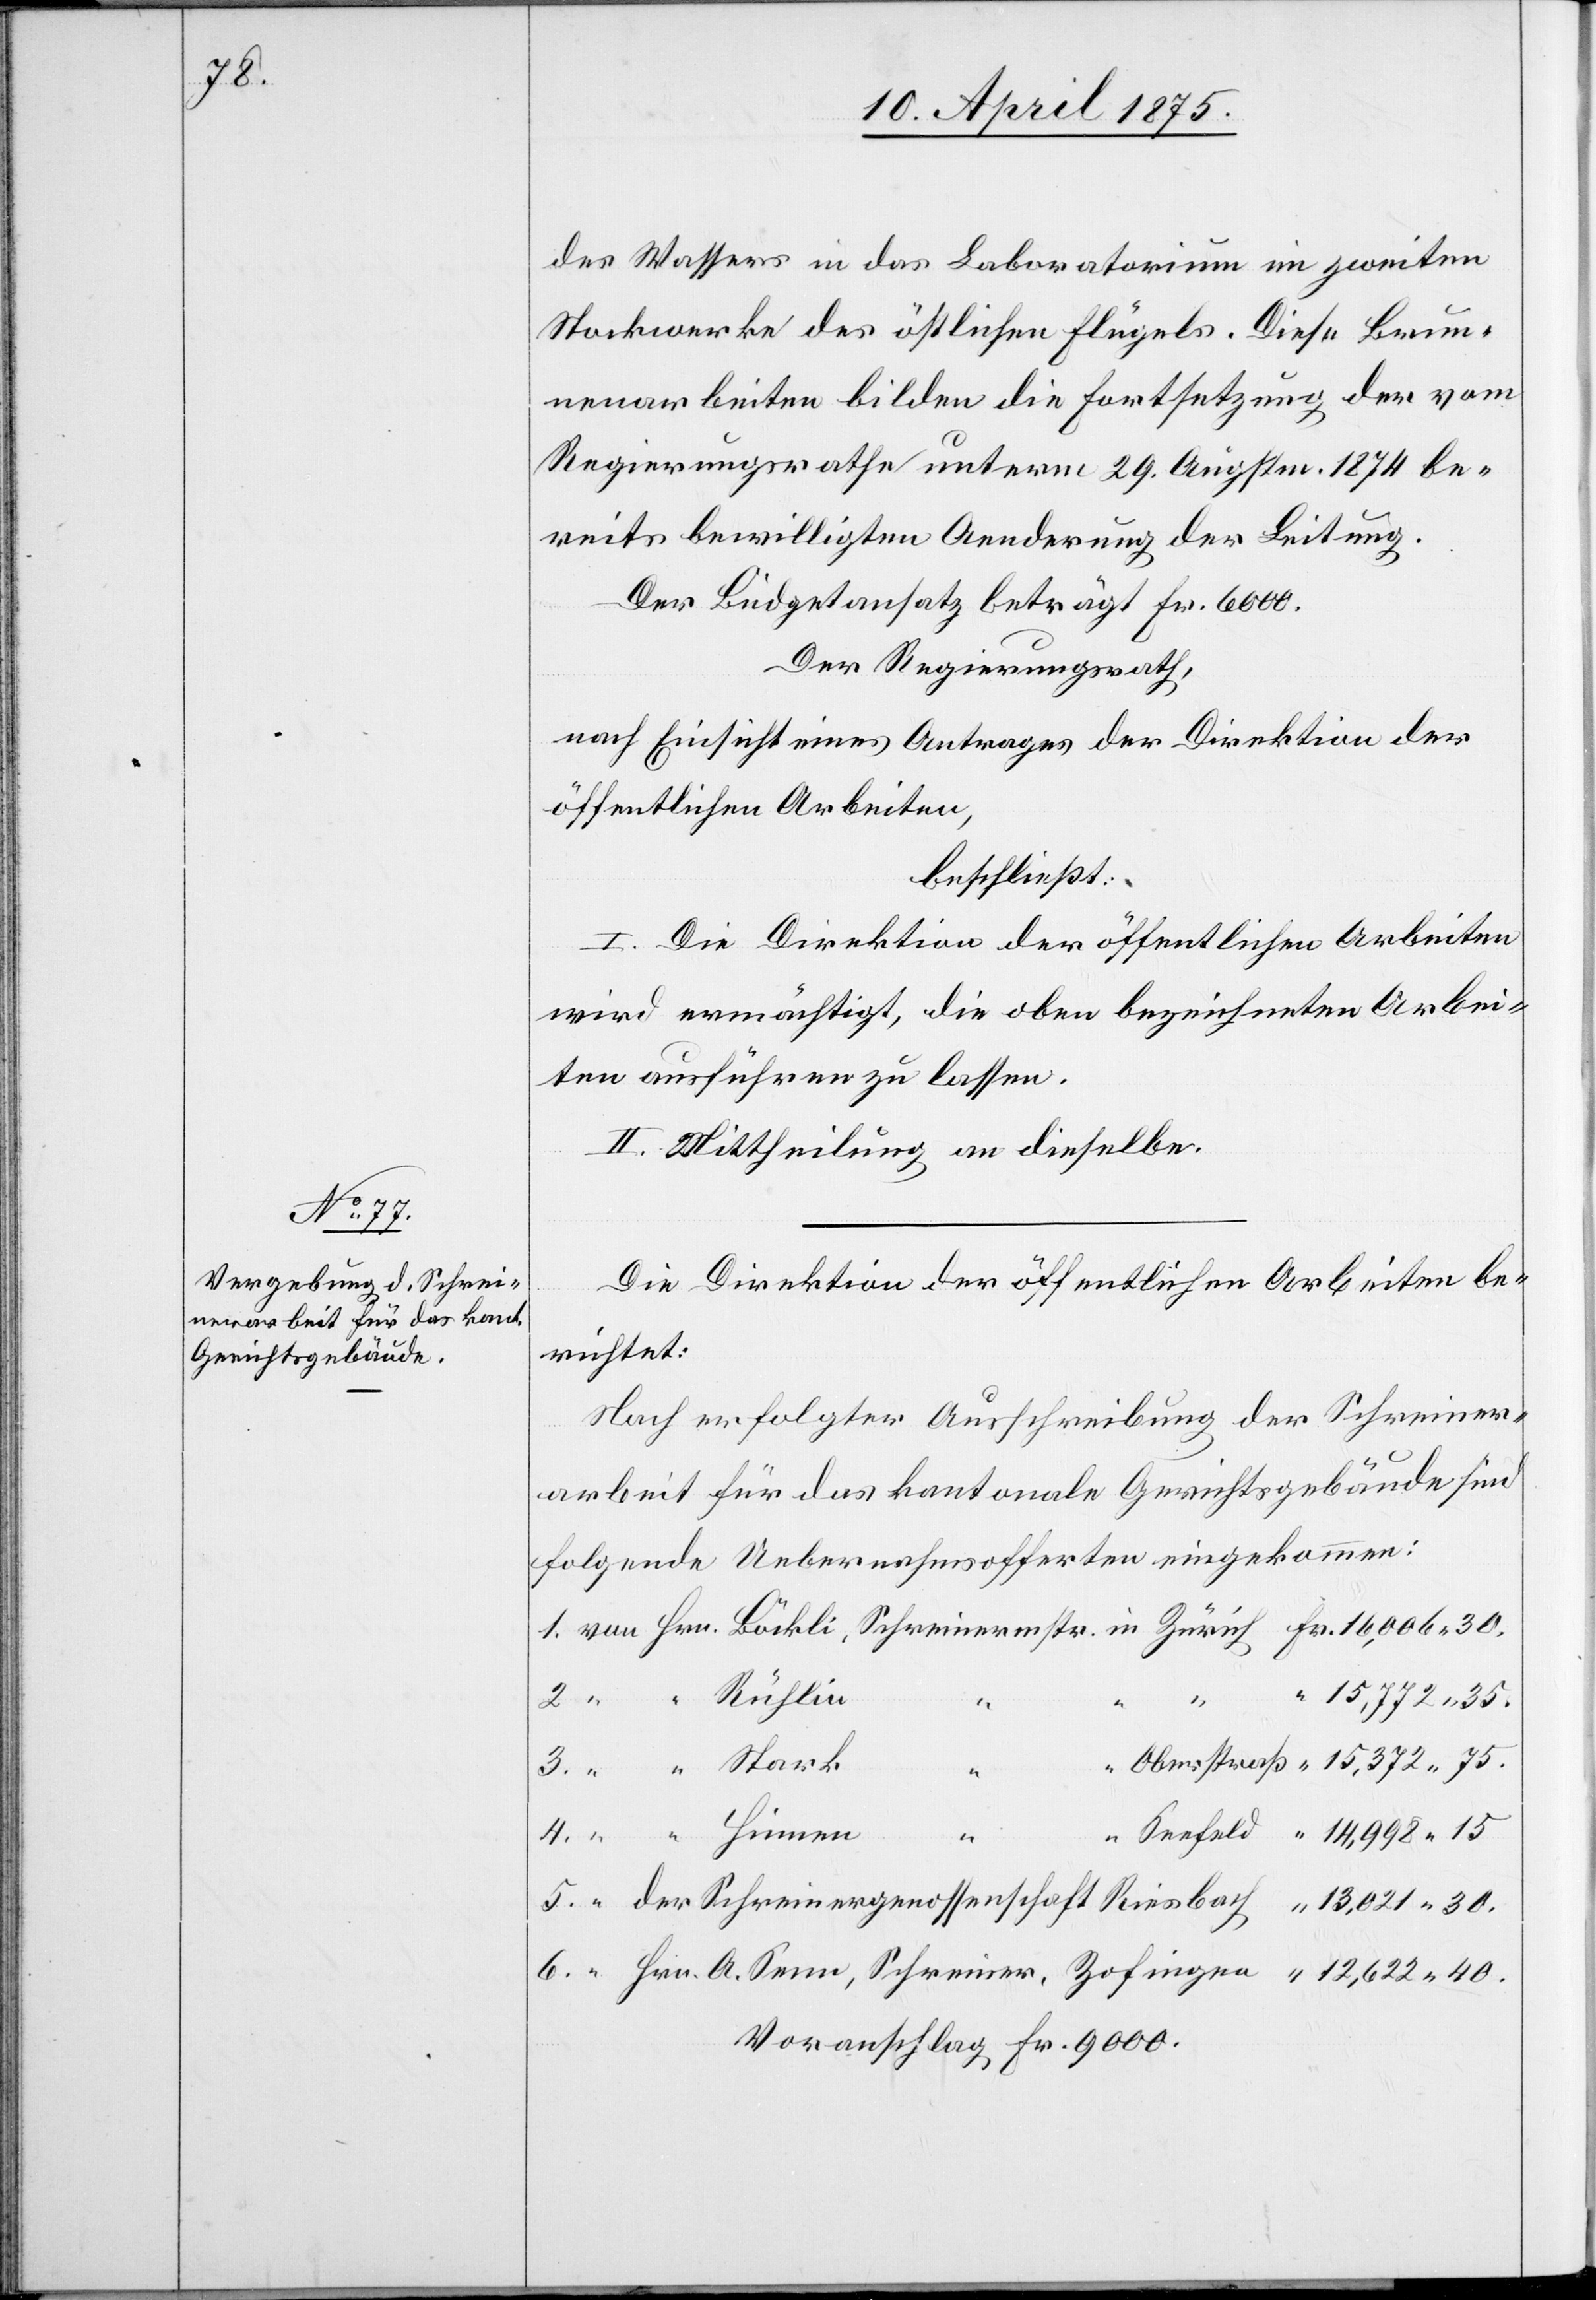
40.

des Wassers in das Laboratorium im zweiten
Stockwerk des östlichen Flügels. Diese Brun¬
nenarbeiten bilden die Fortsetzung der vom
Regierungsrathe unterm 29. Augstm. 1874 be¬
reits bewilligten Aenderung der Leitung.
Der Regierungsrath,
nach Einsicht eines Antrages der Direktion der
öffentlichen Arbeiten,
beschließt:
I. Die Direktion der öffentlichen Arbeiten
wird ermächtigt, die oben bezeichneten Arbei¬
ten ausführen zu lassen.
II. Mittheilung an dieselbe.
Die Direktion der öffentlichen Arbeiten be¬
richtet:
Nach erfolgter Ausschreibung der Schreiner¬
Hrn.
arbeit für das kantonale Gerichtsgebäude sind
folgende Uebernahmsofferten eingekommen:
15,372 75.
5.
1.
“
Zofingen
Voranschlag Fr. 9000.